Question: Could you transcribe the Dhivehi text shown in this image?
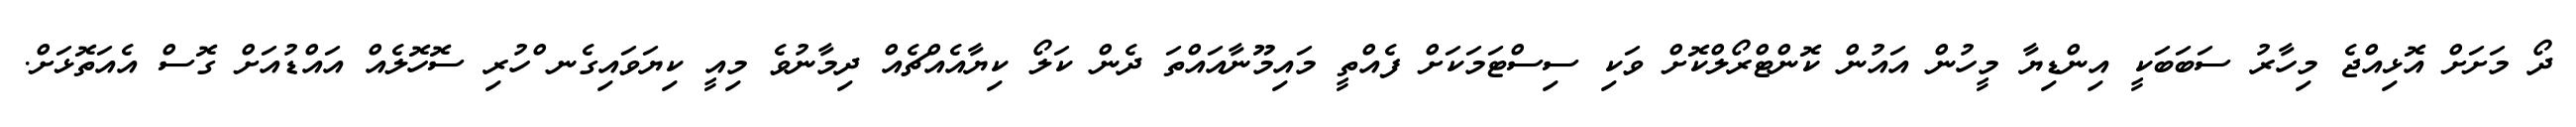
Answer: ދޯ މަށަށް އޮޅިއްޖެ މިހާރު ސަބަބަކީ އިންޑިޔާ މީހުން އައުން ކޮންޓްރޯލްކޮށް ވަކި ސިސްޓަމަކަށް ފެއްތީ މައިމޫނާއައްތަ ދެން ކަލޯ ކިޔާއެއްޗެއް ދިމާނުވެ މިއީ ކިޔަވައިގެނ ްހުރި ސޮހޮލެއް އައްޑުއަށް ގޮސް އެއަތޮޅަށް.